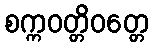
စက္ကဝတ္တိဝတ္တေ